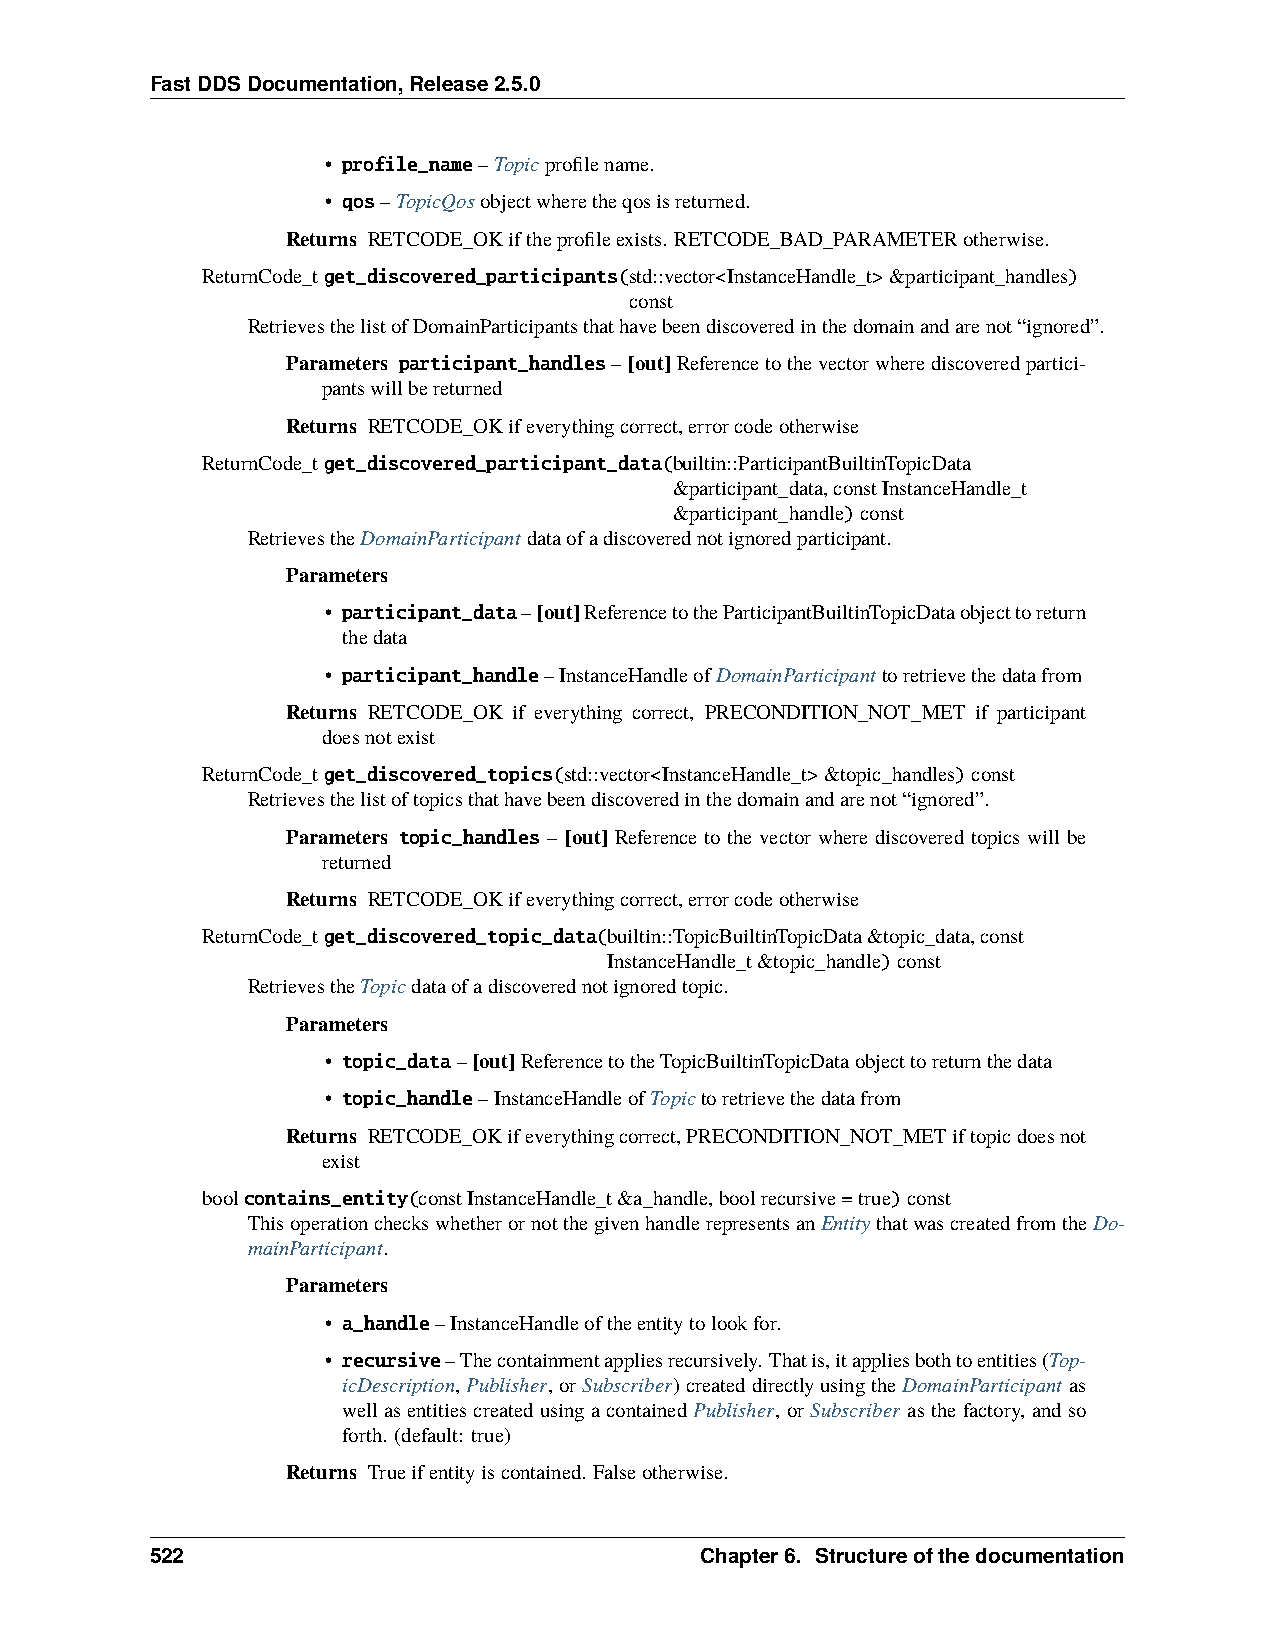
FastDDSDocumentation,Release2.5.0
 • profile_name–Topicprofilename.
 • qos–TopicQosobjectwheretheqosisreturned.
 Returns RETCODE_OKiftheprofileexists. RETCODE_BAD_PARAMETERotherwise.
 ReturnCode_tget_discovered_participants(std::vector<InstanceHandle_t>&participant_handles)
 const
 RetrievesthelistofDomainParticipantsthathavebeendiscoveredinthedomainandarenot“ignored”.
 Parameters participant_handles– [out]Referencetothevectorwherediscoveredpartici-
 pantswillbereturned
 Returns RETCODE_OKifeverythingcorrect,errorcodeotherwise
 ReturnCode_tget_discovered_participant_data(builtin::ParticipantBuiltinTopicData
 &participant_data,constInstanceHandle_t
 &participant_handle)const
 RetrievestheDomainParticipantdataofadiscoverednotignoredparticipant.
 Parameters
 • participant_data–[out]ReferencetotheParticipantBuiltinTopicDataobjecttoreturn
 thedata
 • participant_handle–InstanceHandleofDomainParticipanttoretrievethedatafrom
 Returns RETCODE_OK if everything correct, PRECONDITION_NOT_MET if participant
 doesnotexist
 ReturnCode_tget_discovered_topics(std::vector<InstanceHandle_t>&topic_handles)const
 Retrievesthelistoftopicsthathavebeendiscoveredinthedomainandarenot“ignored”.
 Parameters topic_handles – [out] Reference to the vector where discovered topics will be
 returned
 Returns RETCODE_OKifeverythingcorrect,errorcodeotherwise
 ReturnCode_tget_discovered_topic_data(builtin::TopicBuiltinTopicData&topic_data,const
 InstanceHandle_t&topic_handle)const
 RetrievestheTopicdataofadiscoverednotignoredtopic.
 Parameters
 • topic_data–[out]ReferencetotheTopicBuiltinTopicDataobjecttoreturnthedata
 • topic_handle–InstanceHandleofTopictoretrievethedatafrom
 Returns RETCODE_OKifeverythingcorrect,PRECONDITION_NOT_METiftopicdoesnot
 exist
 boolcontains_entity(constInstanceHandle_t&a_handle,boolrecursive=true)const
 ThisoperationcheckswhetherornotthegivenhandlerepresentsanEntitythatwascreatedfromtheDo-
 mainParticipant.
 Parameters
 • a_handle–InstanceHandleoftheentitytolookfor.
 • recursive–Thecontainmentappliesrecursively. Thatis,itappliesbothtoentities(Top-
 icDescription,Publisher,orSubscriber)createddirectlyusingtheDomainParticipant as
 wellasentitiescreatedusingacontainedPublisher, orSubscriber asthefactory, andso
 forth. (default: true)
 Returns Trueifentityiscontained. Falseotherwise.
 522                                 Chapter6. Structureofthedocumentation